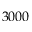
3 0 0 0